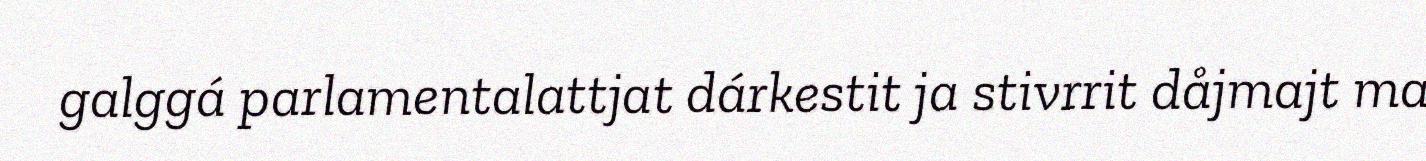
galggá parlamentalattjat dárkestit ja stivrrit dåjmajt ma